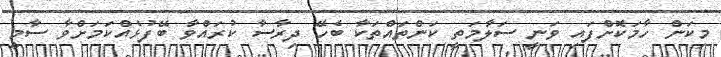
މިކަން ހާމަކޮށްފައި ވަނީ ސަލާމަތީ ކަންތައްތަކާ ބެހޭ ދިރާސާ ކުރައްވާ ބޭފުޅެއްކަމަށްވާ ސާމީ